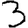
Digit: 3